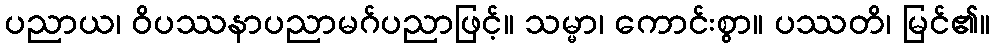
ပညာယ၊ ဝိပဿနာပညာမဂ်ပညာဖြင့်။ သမ္မာ၊ ကောင်းစွာ။ ပဿတိ၊ မြင်၏။